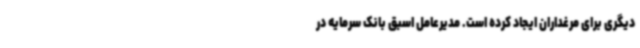
دیگری برای مرغداران ایجاد کرده است. مدیرعامل اسبق بانک سرمایه در